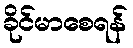
ခိုင်မာစေရန်